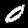
Label: 0